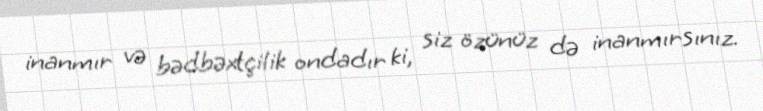
inanmır və bədbəxtçilik ondadır ki, siz özünüz də inanmırsınız.